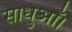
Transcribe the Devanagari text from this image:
साधुआँ।